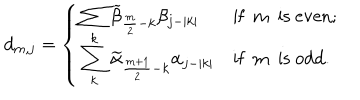
d _ { m , j } = \left\{ \left\{ \begin{cases} { { \displaystyle \sum _ { k } \displaystyle \widetilde { \beta } _ { { \frac { m } { 2 } } - k } \beta _ { j - | k | } } } & { { i f m i s e v e n ; } } \\ { { \displaystyle \sum _ { k } \displaystyle \widetilde { \alpha } _ { { \frac { m + 1 } { 2 } } - k } \alpha _ { j - | k | } } } & { { i f m i s o d d . } } \\ \end{cases} \right. \right.